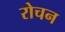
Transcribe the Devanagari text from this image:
रोचन